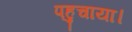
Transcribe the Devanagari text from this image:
पहुचाया।